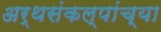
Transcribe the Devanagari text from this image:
अर्थसंकल्पांच्या